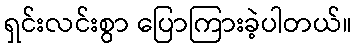
ရှင်းလင်းစွာ ပြောကြားခဲ့ပါတယ်။